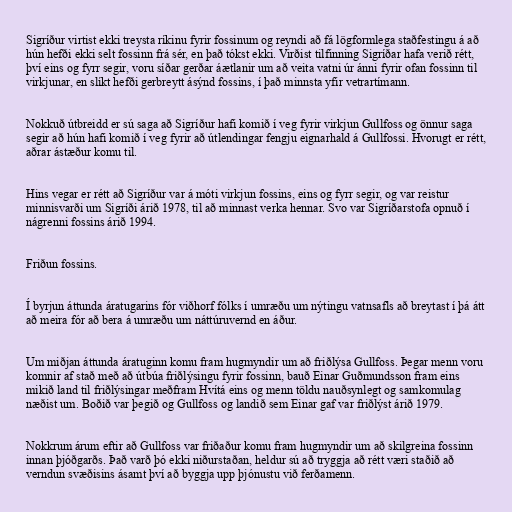
Sigríður virtist ekki treysta ríkinu fyrir fossinum og reyndi að fá lögformlega staðfestingu á að
hún hefði ekki selt fossinn frá sér, en það tókst ekki. Virðist tilfinning Sigríðar hafa verið rétt,
því eins og fyrr segir, voru síðar gerðar áætlanir um að veita vatni úr ánni fyrir ofan fossinn til
virkjunar, en slíkt hefði gerbreytt ásýnd fossins, í það minnsta yfir vetrartímann.

Nokkuð útbreidd er sú saga að Sigríður hafi komið í veg fyrir virkjun Gullfoss og önnur saga
segir að hún hafi komið í veg fyrir að útlendingar fengju eignarhald á Gullfossi. Hvorugt er rétt,
aðrar ástæður komu til.

Hins vegar er rétt að Sigríður var á móti virkjun fossins, eins og fyrr segir, og var reistur
minnisvarði um Sigríði árið 1978, til að minnast verka hennar. Svo var Sigríðarstofa opnuð í
nágrenni fossins árið 1994.

Friðun fossins.

Í byrjun áttunda áratugarins fór viðhorf fólks í umræðu um nýtingu vatnsafls að breytast í þá átt
að meira fór að bera á umræðu um náttúruvernd en áður.

Um miðjan áttunda áratuginn komu fram hugmyndir um að friðlýsa Gullfoss. Þegar menn voru
komnir af stað með að útbúa friðlýsingu fyrir fossinn, bauð Einar Guðmundsson fram eins
mikið land til friðlýsingar meðfram Hvítá eins og menn töldu nauðsynlegt og samkomulag
næðist um. Boðið var þegið og Gullfoss og landið sem Einar gaf var friðlýst árið 1979.

Nokkrum árum eftir að Gullfoss var friðaður komu fram hugmyndir um að skilgreina fossinn
innan þjóðgarðs. Það varð þó ekki niðurstaðan, heldur sú að tryggja að rétt væri staðið að
verndun svæðisins ásamt því að byggja upp þjónustu við ferðamenn.